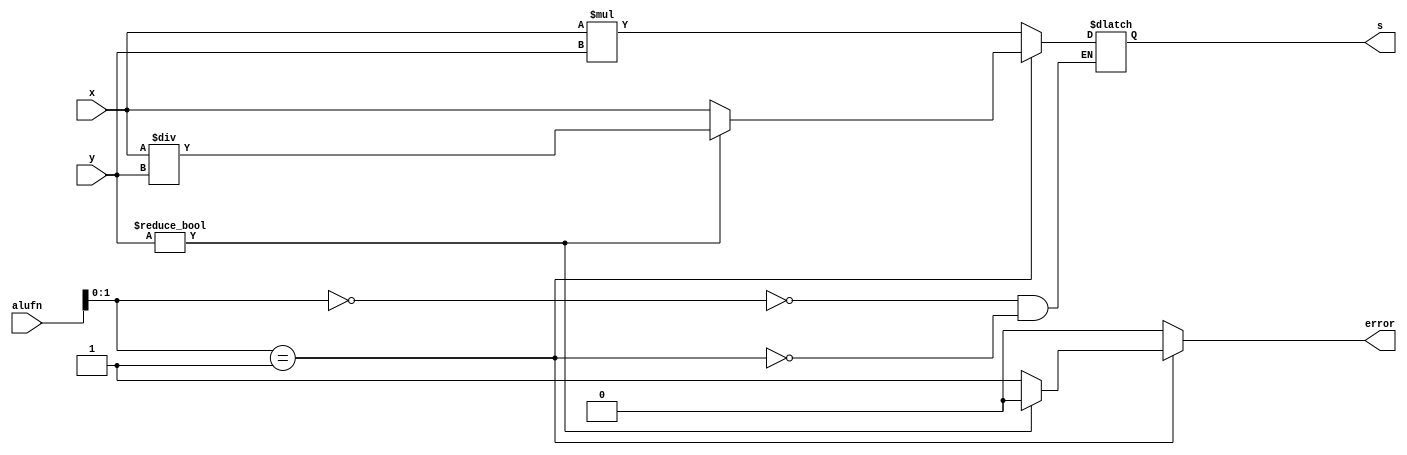
/*
   This file was generated automatically by Alchitry Labs version 1.2.7.
   Do not edit this file directly. Instead edit the original Lucid source.
   This is a temporary file and any changes made to it will be destroyed.
*/

module multiplier16_22 (
    input [15:0] x,
    input [15:0] y,
    input [5:0] alufn,
    output reg [15:0] s,
    output reg error
  );
  
  
  
  reg a;
  
  reg divisor;
  
  reg temp;
  
  always @* begin
    error = 1'h0;
    a = 1'h0;
    divisor = 1'h0;
    temp = 1'h0;
    
    case (alufn[0+1-:2])
      2'h0: begin
        s = x * y;
      end
      2'h1: begin
        if (y != 1'h0) begin
          s = x / y;
        end else begin
          s = x;
          error = 1'h1;
        end
      end
    endcase
  end
endmodule